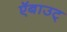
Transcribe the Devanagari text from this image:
ऍबाउट्